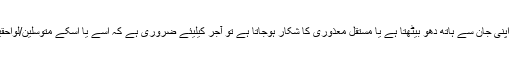
اگر حادثے کے نتیجے میں ایک کارکن اپنی جان سے ہاتھ دھو بیٹھتا ہے یا مستقل معذوری کا شکار ہوجاتا ہے تو آجر کیلیئے ضروری ہے کہ اسے یا اسکے متوسلین/لواحقین کو مبلغ دولاکھ کی رقم ادا کی جائے۔